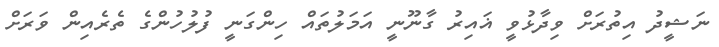
ނަޝީދު އިތުރަށް ވިދާޅުވީ ޣައިރު ގާނޫނީ އަމަލުތައް ހިންގަނީ ފުލުހުންގެ ތެރެއިން ވަރަށް